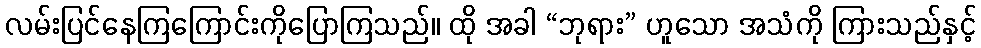
လမ်းပြင်နေကြကြောင်းကိုပြောကြသည်။ ထို အခါ “ဘုရား” ဟူသော အသံကို ကြားသည်နှင့်